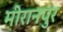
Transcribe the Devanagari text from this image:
मीरानपुर